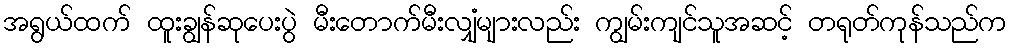
အရွယ်ထက် ထူးချွန်ဆုပေးပွဲ မီးတောက်မီးလျှံများလည်း ကျွမ်းကျင်သူအဆင့် တရုတ်ကုန်သည်က